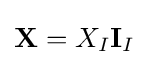
\mathbf {X} =X_{I}\mathbf {I} _{I}